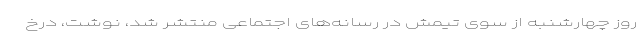
روز چهارشنبه از سوی تیمش در رسانه‌های اجتماعی منتشر شد، نوشت، درخ